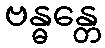
ဗန္ဓန္တေ